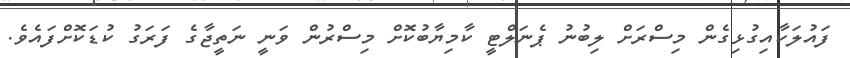
ފައުލަކާއިގުޅިގެން މިސްރަށް ލިބުނު ޕެނަލްޓީ ކާމިޔާބުކޮށް މިސްރުން ވަނީ ނަތީޖާގެ ފަރަގު ކުޑަކޮށްފައެވެ.